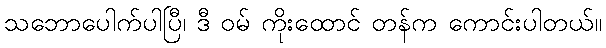
သဘောပေါက်ပါပြီ၊ ဒီ ဝမ် ကိုးထောင် တန်က ကောင်းပါတယ်။